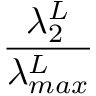
\frac { \lambda _ { 2 } ^ { L } } { \lambda _ { m a x } ^ { L } }